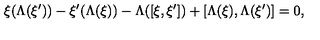
\xi ( \Lambda ( \xi ^ { \prime } ) ) - \xi ^ { \prime } ( \Lambda ( \xi ) ) - \Lambda ( [ \xi , \xi ^ { \prime } ] ) + [ \Lambda ( \xi ) , \Lambda ( \xi ^ { \prime } ) ] = 0 ,